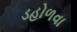
ડહોળવા